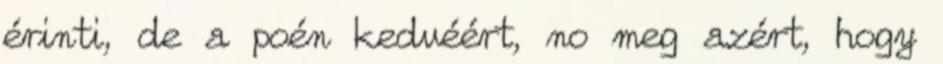
érinti, de a poén kedvéért, no meg azért, hogy